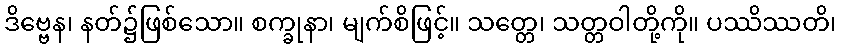
ဒိဗ္ဗေန၊ နတ်၌ဖြစ်သော။ စက္ခုနာ၊ မျက်စိဖြင့်။ သတ္တေ၊ သတ္တဝါတို့ကို။ ပဿိဿတိ၊